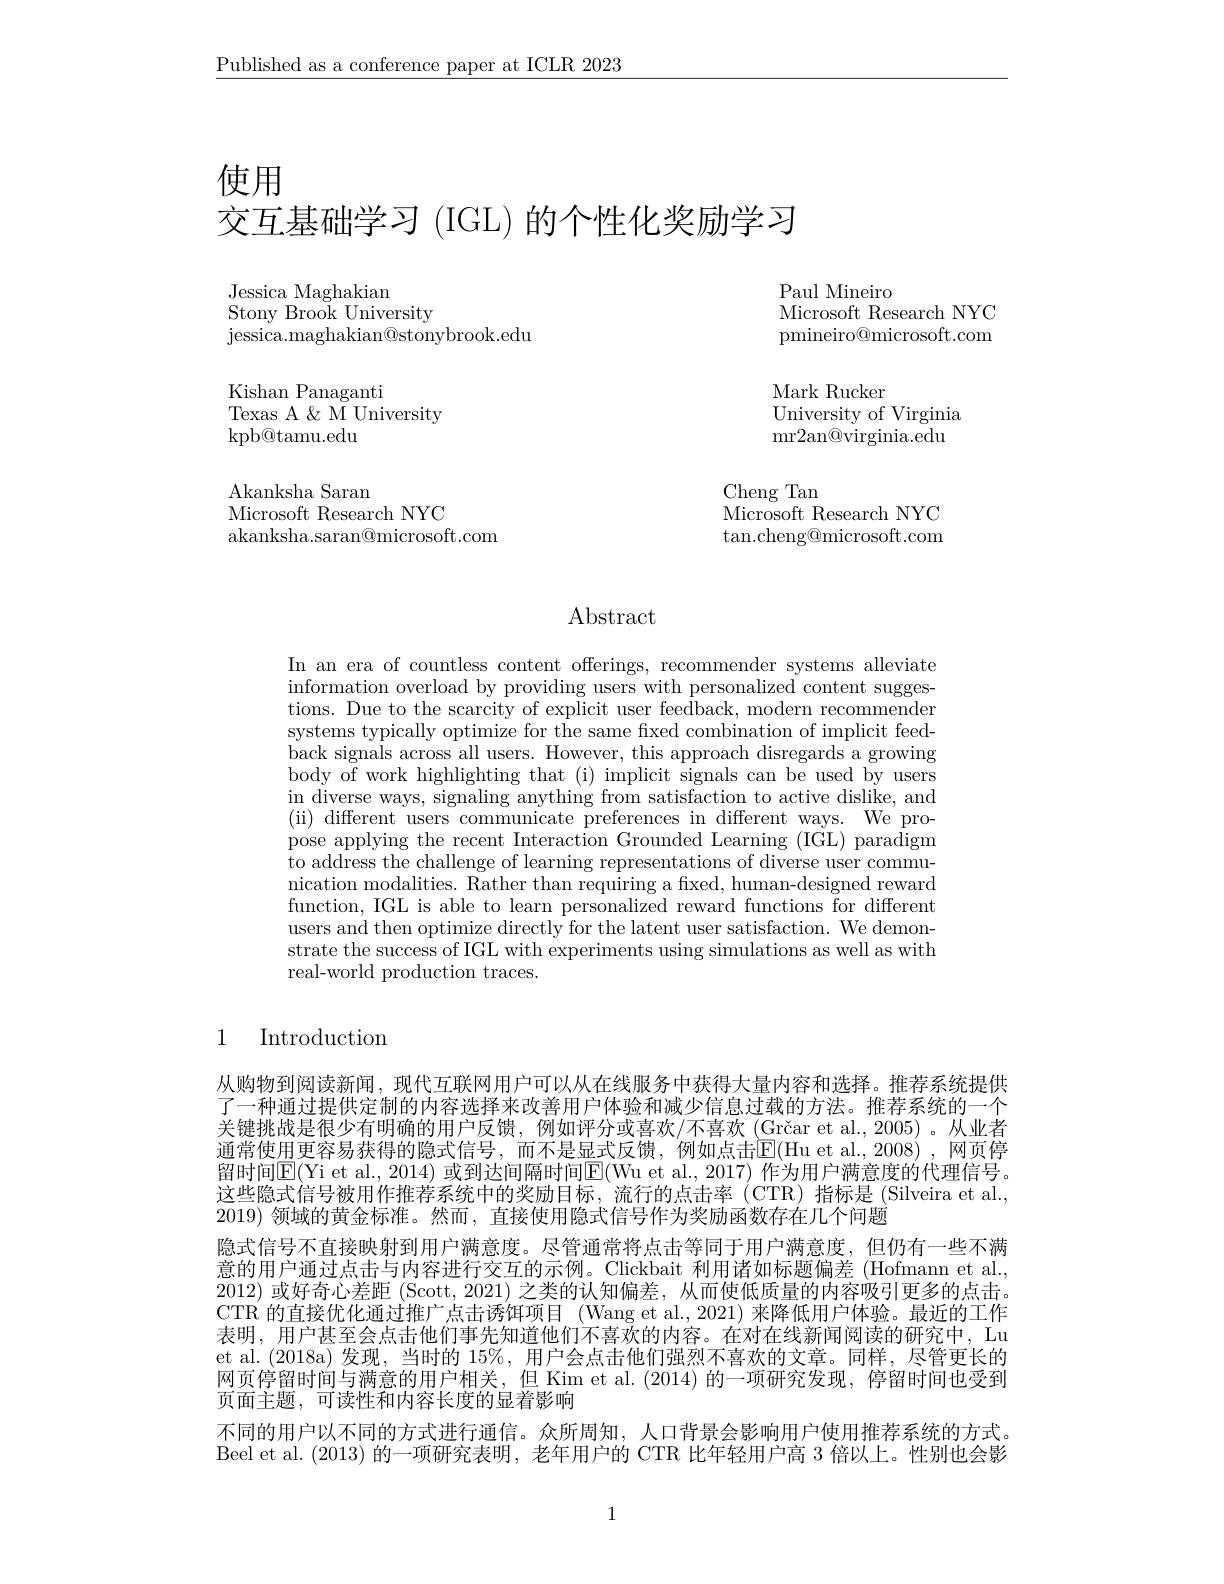
$\underline{\text{Published as a conference paper at ICLR 2023}}$

使用

交互基础学习 (IGL) 的个性化奖励学习

Paul Mineiro
Microsoft Research NYC pmineiro@microsoft.com

Jessica\_ Maghakian
Stony Brook University
jessica. maghakian@ stonybrook. edu

Kishan Panaganti
Texas A & K M University
kpb@tamu.edu Akanksha Saran Microsoft Research NYC
akanksha.saran@microsoft.com

Mark Rucker
University of Virginia mr2an@ virginia. edu

Cheng Tan
$\bar{\mathrm{Microsoft~Research~NYC}}$ $\tan.$cheng@microsoft.com

Abstract

In an era of countless content offerings, recommender systems alleviate information overload by providing users with personalized content suggestions. Due to the scarcity of explicit user feedback, modern recommender systems typically optimize for the same fxed combination of implicit feedback signals across all users. However, this approach disregards a growing body of work highlighting that (i) implicit signals can be used by users in diverse ways, signaling anything from satisfaction to active dislike, and (ii) different users communicate preferences in different ways. We propose applying the recent Interaction Grounded Learning (IGL) paradigm to address the challenge of learning representations of diverse user communication modalities. Rather than requiring a fixed, human-designed reward function, IGL is able to learn personalized reward functions for different users and then optimize directly for the latent user satisfaction. We demonstrate the success of IGL with experiments using simulations as well as with real-world production traces.

1

## $\operatorname{Introduction}$

从购物到阅读新闻，现代互联网用户可以从在线服务中获得大量内容和选择。推荐系统提供了一种通过提供定制的内容选择来改善用户体验和减少信息过载的方法。推荐系统的一个关键挑战是很少有明确的用户反馈，例如评分或喜欢/不喜欢(Grčar et al.,2005)。从业者通常使用更容易获得的隐式信号，而不是显式反馈，例如点击$\overline{\mathrm{E}}($Hu et al.,2008),网页停留时间$\underline{\mathrm{E}}($Yi et al., 2014) 或到达间隔时间$\underline{\mathrm{E}}($Wu et al., 2017) 作为用户满意度的代理信号。这些隐式信号被用作推荐系统中的奖励目标，流行的点击率(CTR)指标是(Silveira et al., 2019) 领域的黄金标准。然而，直接使用隐式信号作为奖励函数存在几个问题
隐式信号不直接映射到用户满意度。尽管通常将点击等同于用户满意度，但仍有一些不满意的用户通过点击与内容进行交互的示例。Clickbait 利用诸如标题偏差 (Hofmann et al., 2012)或好奇心差距 (Scott, 2021) 之类的认知偏差，从而使低质量的内容吸引更多的点击。CTR 的直接优化通过推广点击诱饵项目 (Wang et al.,2021) 来降低用户体验。最近的工作表明，用户甚至会点击他们事先知道他们不喜欢的内容。在对在线新闻阅读的研究中，Lu et al.(2018a)发现，当时的 15%,用户会点击他们强烈不喜欢的文章。同样，尽管更长的网页停留时间与满意的用户相关，但 Kim et al. (2014) 的一项研究发现，停留时间也受到页面主题，可读性和内容长度的显着影响
不同的用户以不同的方式进行通信。众所周知，人口背景会影响用户使用推荐系统的方式。Beel et al. (2013) 的一项研究表明，老年用户的 CTR 比年轻用户高 3 倍以上。性别也会影

1